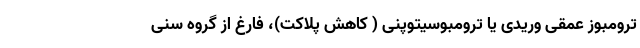
ترومبوز عمقی وریدی یا ترومبوسیتوپنی ( کاهش پلاکت)، فارغ از گروه سنی